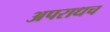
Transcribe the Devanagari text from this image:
अपराधच